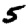
Digit: 5